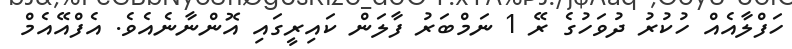
ހަފްލާއެއް ހުކުރު ދުވަހުގެ ރޭ 1 ނަމްބަރު ފާލަން ކައިރީގައި އޮންނާނެއެވެ. އެފްއޭއެމް